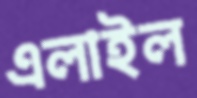
এলাইল